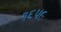
૧૬૫૯